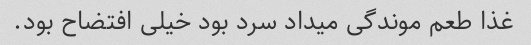
غذا طعم موندگی میداد سرد بود خیلی افتضاح بود.